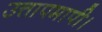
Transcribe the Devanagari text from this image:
उत्तापमापी।